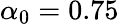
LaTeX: \alpha_{0}=0.75